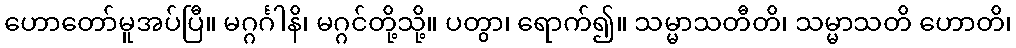
ဟောတော်မူအပ်ပြီ။ မဂ္ဂင်္ဂါနိ၊ မဂ္ဂင်တို့သို့။ ပတွာ၊ ရောက်၍။ သမ္မာသတီတိ၊ သမ္မာသတိ ဟောတိ၊